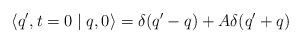
\begin{align*} \langle q',t=0\mid q,0 \rangle = \delta (q'-q) + A \delta (q'+q)\end{align*}